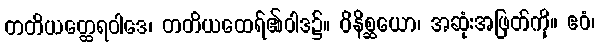
တတိယတ္ထေရဝါဒေ၊ တတိယထေရ်၏ဝါဒ၌။ ဝိနိစ္ဆယော၊ အဆုံးအဖြတ်ကို။ ဧဝံ၊